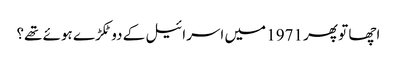
اچھا تو پھر 1971 میں اسرائیل کے دو ٹکڑے ہوئے تھے؟